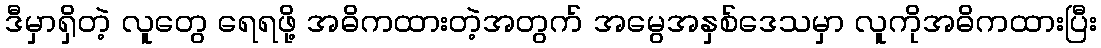
ဒီမှာရှိတဲ့ လူတွေ ရေရဖို့ အဓိကထားတဲ့အတွက် အမွေအနှစ်ဒေသမှာ လူကိုအဓိကထားပြီး